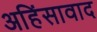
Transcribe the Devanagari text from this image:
अहिंसावाद